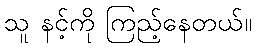
သူ နင့်ကို ကြည့်နေတယ်။